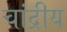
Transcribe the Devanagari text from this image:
चांद्रीय